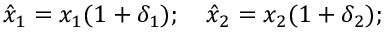
{ \hat { x } } _ { 1 } = x _ { 1 } ( 1 + \delta _ { 1 } ) ; \quad { \hat { x } } _ { 2 } = x _ { 2 } ( 1 + \delta _ { 2 } ) ;